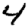
Digit: 4